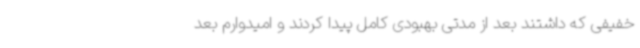
خفیفی که داشتند بعد از مدتی بهبودی کامل پیدا کردند و امیدوارم بعد